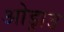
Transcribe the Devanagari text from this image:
ओड्राउ